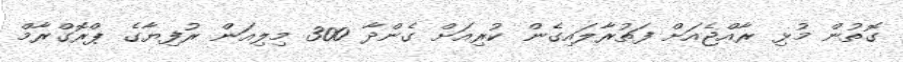
ގޮތުން މުޅި ރާއްޖެއަށް ފަތުރާލައިގެން ކުރިއަށް ގެންދާ 300 މިލިއަން ރުފިޔާގެ ޕްރޮގްރާމް